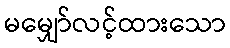
မမျှော်လင့်ထားသော